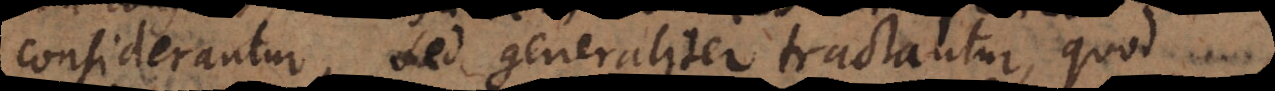
considerantur, sed generaliter tractantur, quod